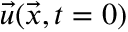
\Vec { u } ( \Vec { x } , t = 0 )